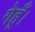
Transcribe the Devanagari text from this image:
गेहूँ।